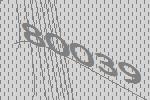
80039